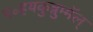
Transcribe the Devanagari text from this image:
प॰हयकुन्नुम्मॅल्